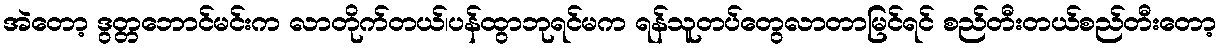
အဲတော့ ဒွတ္တဘောင်မင်းက လာတိုက်တယ်၊ပန်ထွာဘုရင်မက ရန်သူတပ်တွေလာတာမြင်ရင် စည်တီးတယ်စည်တီးတော့